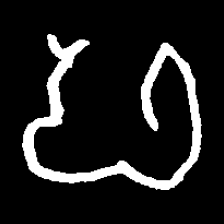
Pyu character \u2014 Myanmar letter: ဖ (romanized: pha)